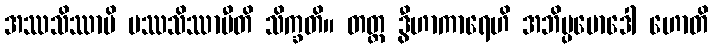
အဿသိဿာမိ ပဿသိဿာမီတိ သိက္ခတိ။ တတ္ထ ဒွီဟာကာရေဟိ အဘိပ္ပမောဒေါ ဟောတိ